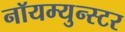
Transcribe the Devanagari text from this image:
नॉयम्युन्स्टर